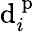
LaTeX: \mathrm{d}_{i}^{\mathrm{{~p~}}}